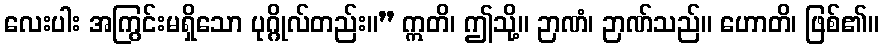
လေးပါး အကြွင်းမရှိသော ပုဂ္ဂိုလ်တည်း။” ဣတိ၊ ဤသို့။ ဉာဏံ၊ ဉာဏ်သည်။ ဟောတိ၊ ဖြစ်၏။